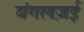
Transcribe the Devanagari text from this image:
बंगलज़ई